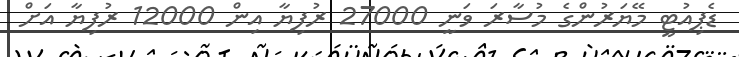
ޑެޕިއުޓީ މޭޔަރުންގެ މުސާރަ ވަނީ 27000 ރުފިޔާ އިން 12000 ރުފިޔާ އަށް